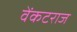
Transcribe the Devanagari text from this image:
वेंकटराज